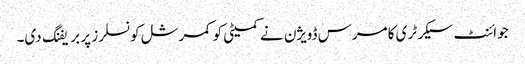
جوائنٹ سیکرٹری کامرس ڈویژن نے کمیٹی کو کمرشل کونسلرز پر بریفنگ دی۔